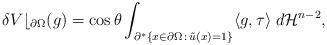
LaTeX: \begin{align*} \delta V\lfloor_{\partial \Omega}(g) = \cos\theta\int_{\partial^*\{x\in \partial\Omega \,:\, \tilde u(x)=1\}} \langle g,\tau\rangle \; d\mathcal{H}^{n-2}, \end{align*}